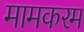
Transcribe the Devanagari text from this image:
मामकरम